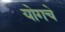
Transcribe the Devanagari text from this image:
योगचे